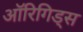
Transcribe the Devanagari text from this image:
ऑरिगिड्स